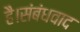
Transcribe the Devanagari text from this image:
है।संबंधवाद